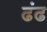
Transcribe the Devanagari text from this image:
ढंढ